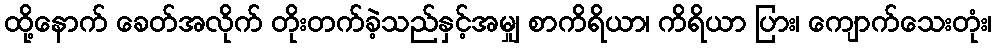
ထို့နောက် ခေတ်အလိုက် တိုးတက်ခဲ့သည်နှင့်အမျှ စာကိရိယာ၊ ကိရိယာ ပြား၊ ကျောက်သေးတုံး၊